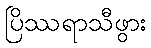
ပြိဿရာသီဖွား